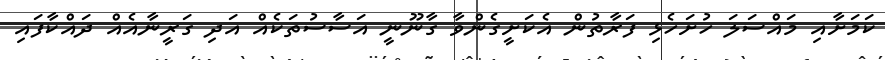
ކަމަށާއި މައްސަލަ ހުށަހެޅި ފަރާތުން އެކަށީގެންވާ ގާނޫނީ އަސާސުތަކެއް އަދި ގަރީނާއެއް ދައްކާފައި